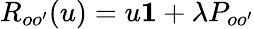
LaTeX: R_{oo^{\prime}}(u)=u{\mathbf 1}+\lambda P_{oo^{\prime}}